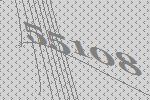
55108